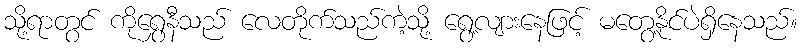
သို့ရာတွင် ကိုရွှေနီသည် လေတိုက်သည်ကဲ့သို့ ရွေ့လျားနေဖြင့် မတွေ့နိုင်ပဲရှိနေသည်။